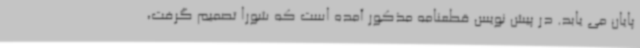
پایان می یابد. در پیش نویس قطعنامه مذکور آمده است که شورا تصمیم گرفت،